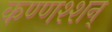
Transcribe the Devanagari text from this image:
कण्णश्शन्